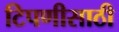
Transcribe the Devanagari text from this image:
टिपणीसाठी